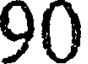
90